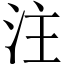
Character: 注